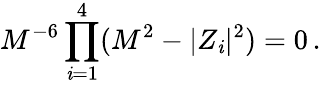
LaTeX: M^{-6}\prod_{\mathit{i}=1}^{4}(M^{2}-|Z_{\mathit{i}}|^{2})=0\, .